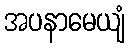
အပနာမေယျံ